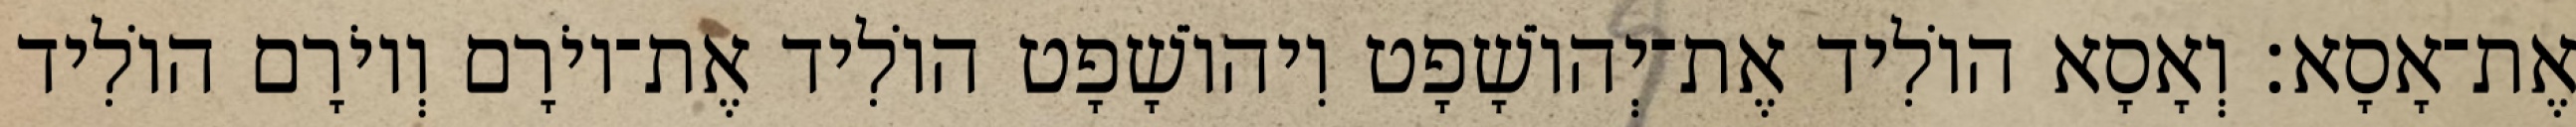
אֶת־אָסָא׃ וְאָסָא הוֹלִיד אֶת־יְהוֹשָׁפָט וִיהוֹשָׁפָט הוֹלִיד אֶת־יוֹרָם וְיוֹרָם הוֹלִיד